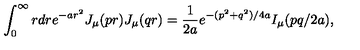
\int _ { 0 } ^ { \infty } { r d r } e ^ { - a r ^ { 2 } } J _ { \mu } ( p r ) J _ { \mu } ( q r ) = { \frac { 1 } { 2 a } } e ^ { - ( p ^ { 2 } + q ^ { 2 } ) / 4 a } I _ { \mu } ( p q / 2 a ) ,